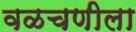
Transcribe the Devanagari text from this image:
वळचणीला